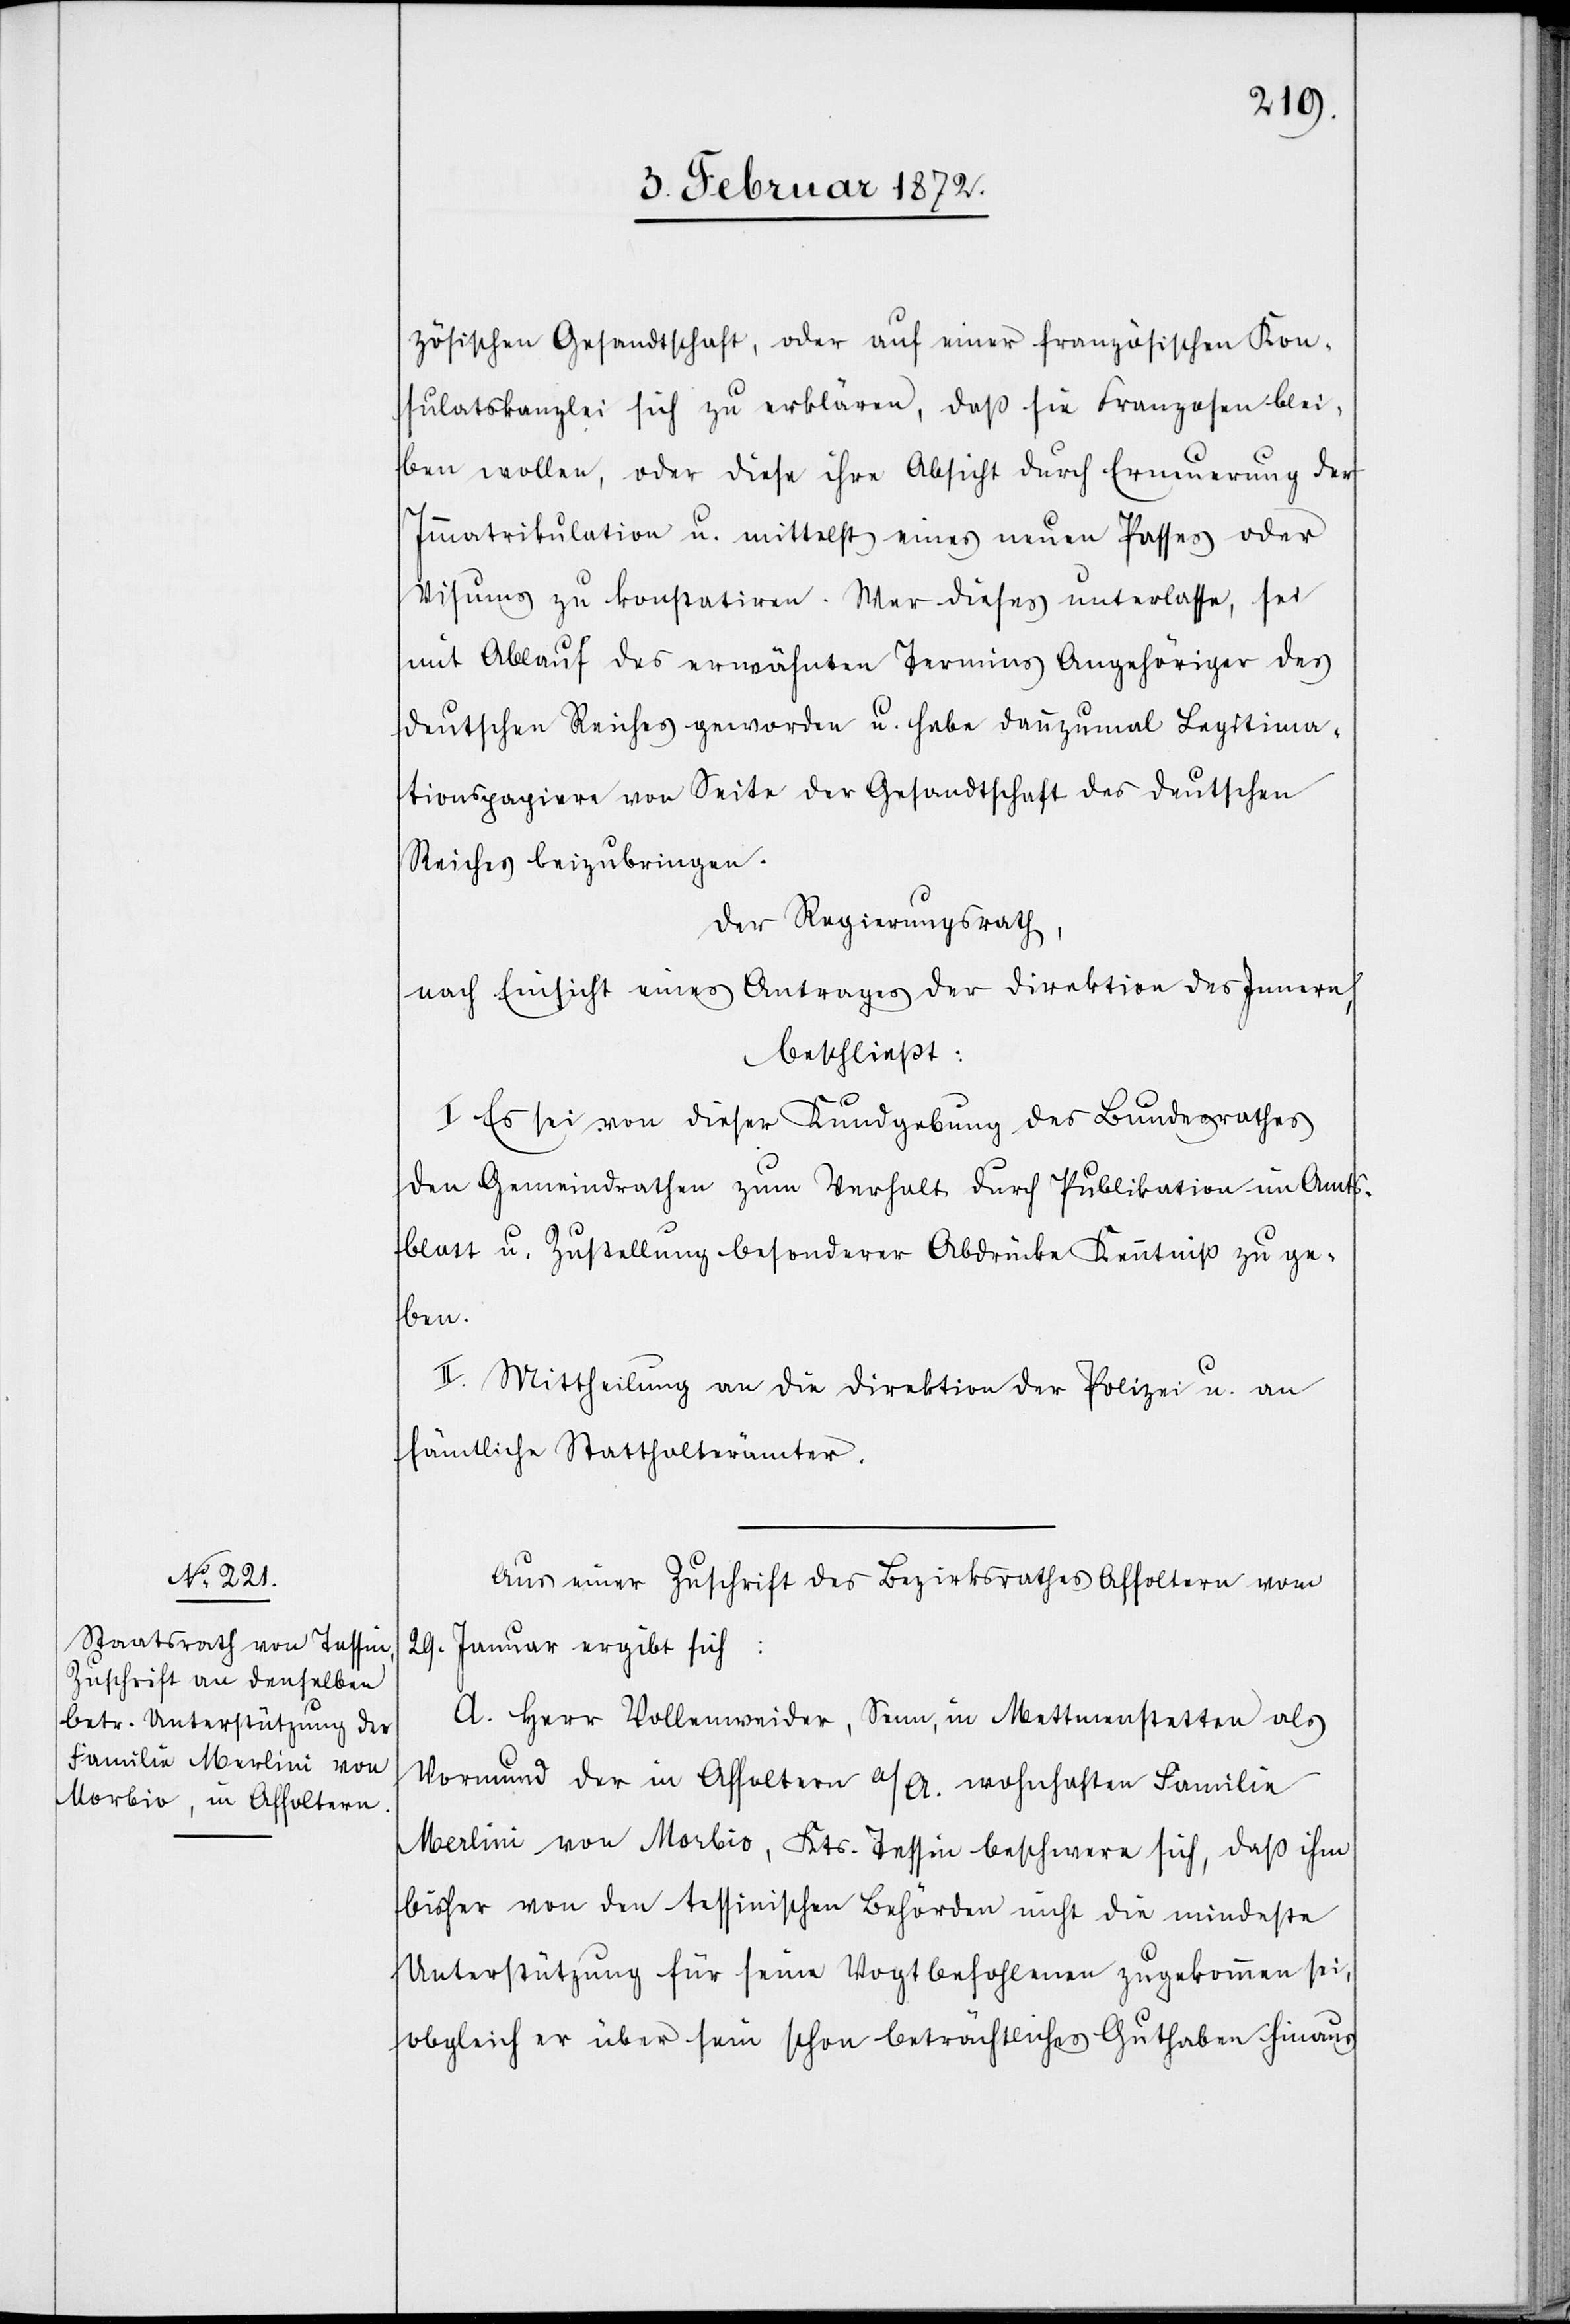
zösischen Gesandtschaft, oder auf einer französischen Kon¬
sulatskanzlei sich zu erklären, daß sie Franzosen blei¬
ben wollen, oder diese ihre Absicht durch Erneuerung der
Immatrikulation u. mittelst eines neue Passes oder
Visums zu konstatiren. Wer dieses unterlasse, sei
mit Ablauf des erwähnten Termines Angehöriger des
deutschen Reiches geworden u. habe dannzumal Legitima¬
tionspapiere von Seite der Gesandtschaft des deutschen
Reiches beizubringen.
Der Regierungsrath,
nach Einsicht eines Antrages der Direktion des Innern,
beschließt:
I. Es sei von dieser Kundgebung des Bundesrathes
den Gemeindräthen zum Verhalt durch Publikation im Amts¬
blatt u. Zustellung besonderer Abdrücke Kenntniß zu ge¬
ben.
II. Mittheilung an die Direktion der Polizei u. an
sämtliche Statthalterämter.
Aus einer Zuschrift des Bezirksrathes Affoltern vom
29. Januar ergibt sich:
A. Herr Vollenweider, Senn, in Mettmenstetten als
Vormund der in Affoltern a/A. wohnhaften Familie
Merlini von Morbio, Kts. Tessin beschwere sich, daß ihm
bisher von den tessinischen Behörden nicht die mindeste
Unterstützung für seine Vogtbefohlenen zugekommen sei,
obgleich er über sein schon beträchtliches Guthaben hinaus